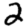
Digit: 2